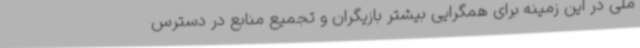
ملی در این زمینه برای همگرایی بیشتر بازیگران و تجمیع منابع در دسترس